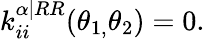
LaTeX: k_{ii}^{\mathbf{\alpha|}RR}(\theta_{1,}\theta_{2})=0.